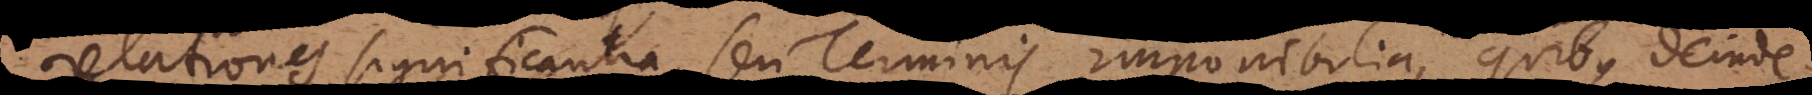
relationes significantia, seu Terminis imponibilia, quibus deinde